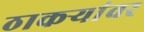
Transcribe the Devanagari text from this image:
ठाकर्‍यांवर